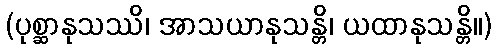
(ပုစ္ဆာနုသဿိ၊ အာသယာနုသန္တိ၊ ယထာနုသန္တိ။)